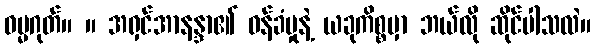
ဓမ္မဂုတ်။ ။ အရှင်အာနန္ဒာ၏ ဝန်ခံမှုနဲ့ ယခုကိစ္စမှာ ဘယ်လို ဆိုင်ပါသလဲ။